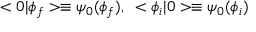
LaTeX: < 0 | \phi _ { f } > \equiv \psi _ { 0 } ( \phi _ { f } ) , \; \; < \phi _ { i } | 0 > \equiv \psi _ { 0 } ( \phi _ { i } )